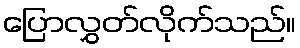
ပြောလွှတ်လိုက်သည်။